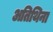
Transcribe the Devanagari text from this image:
अतिथिना